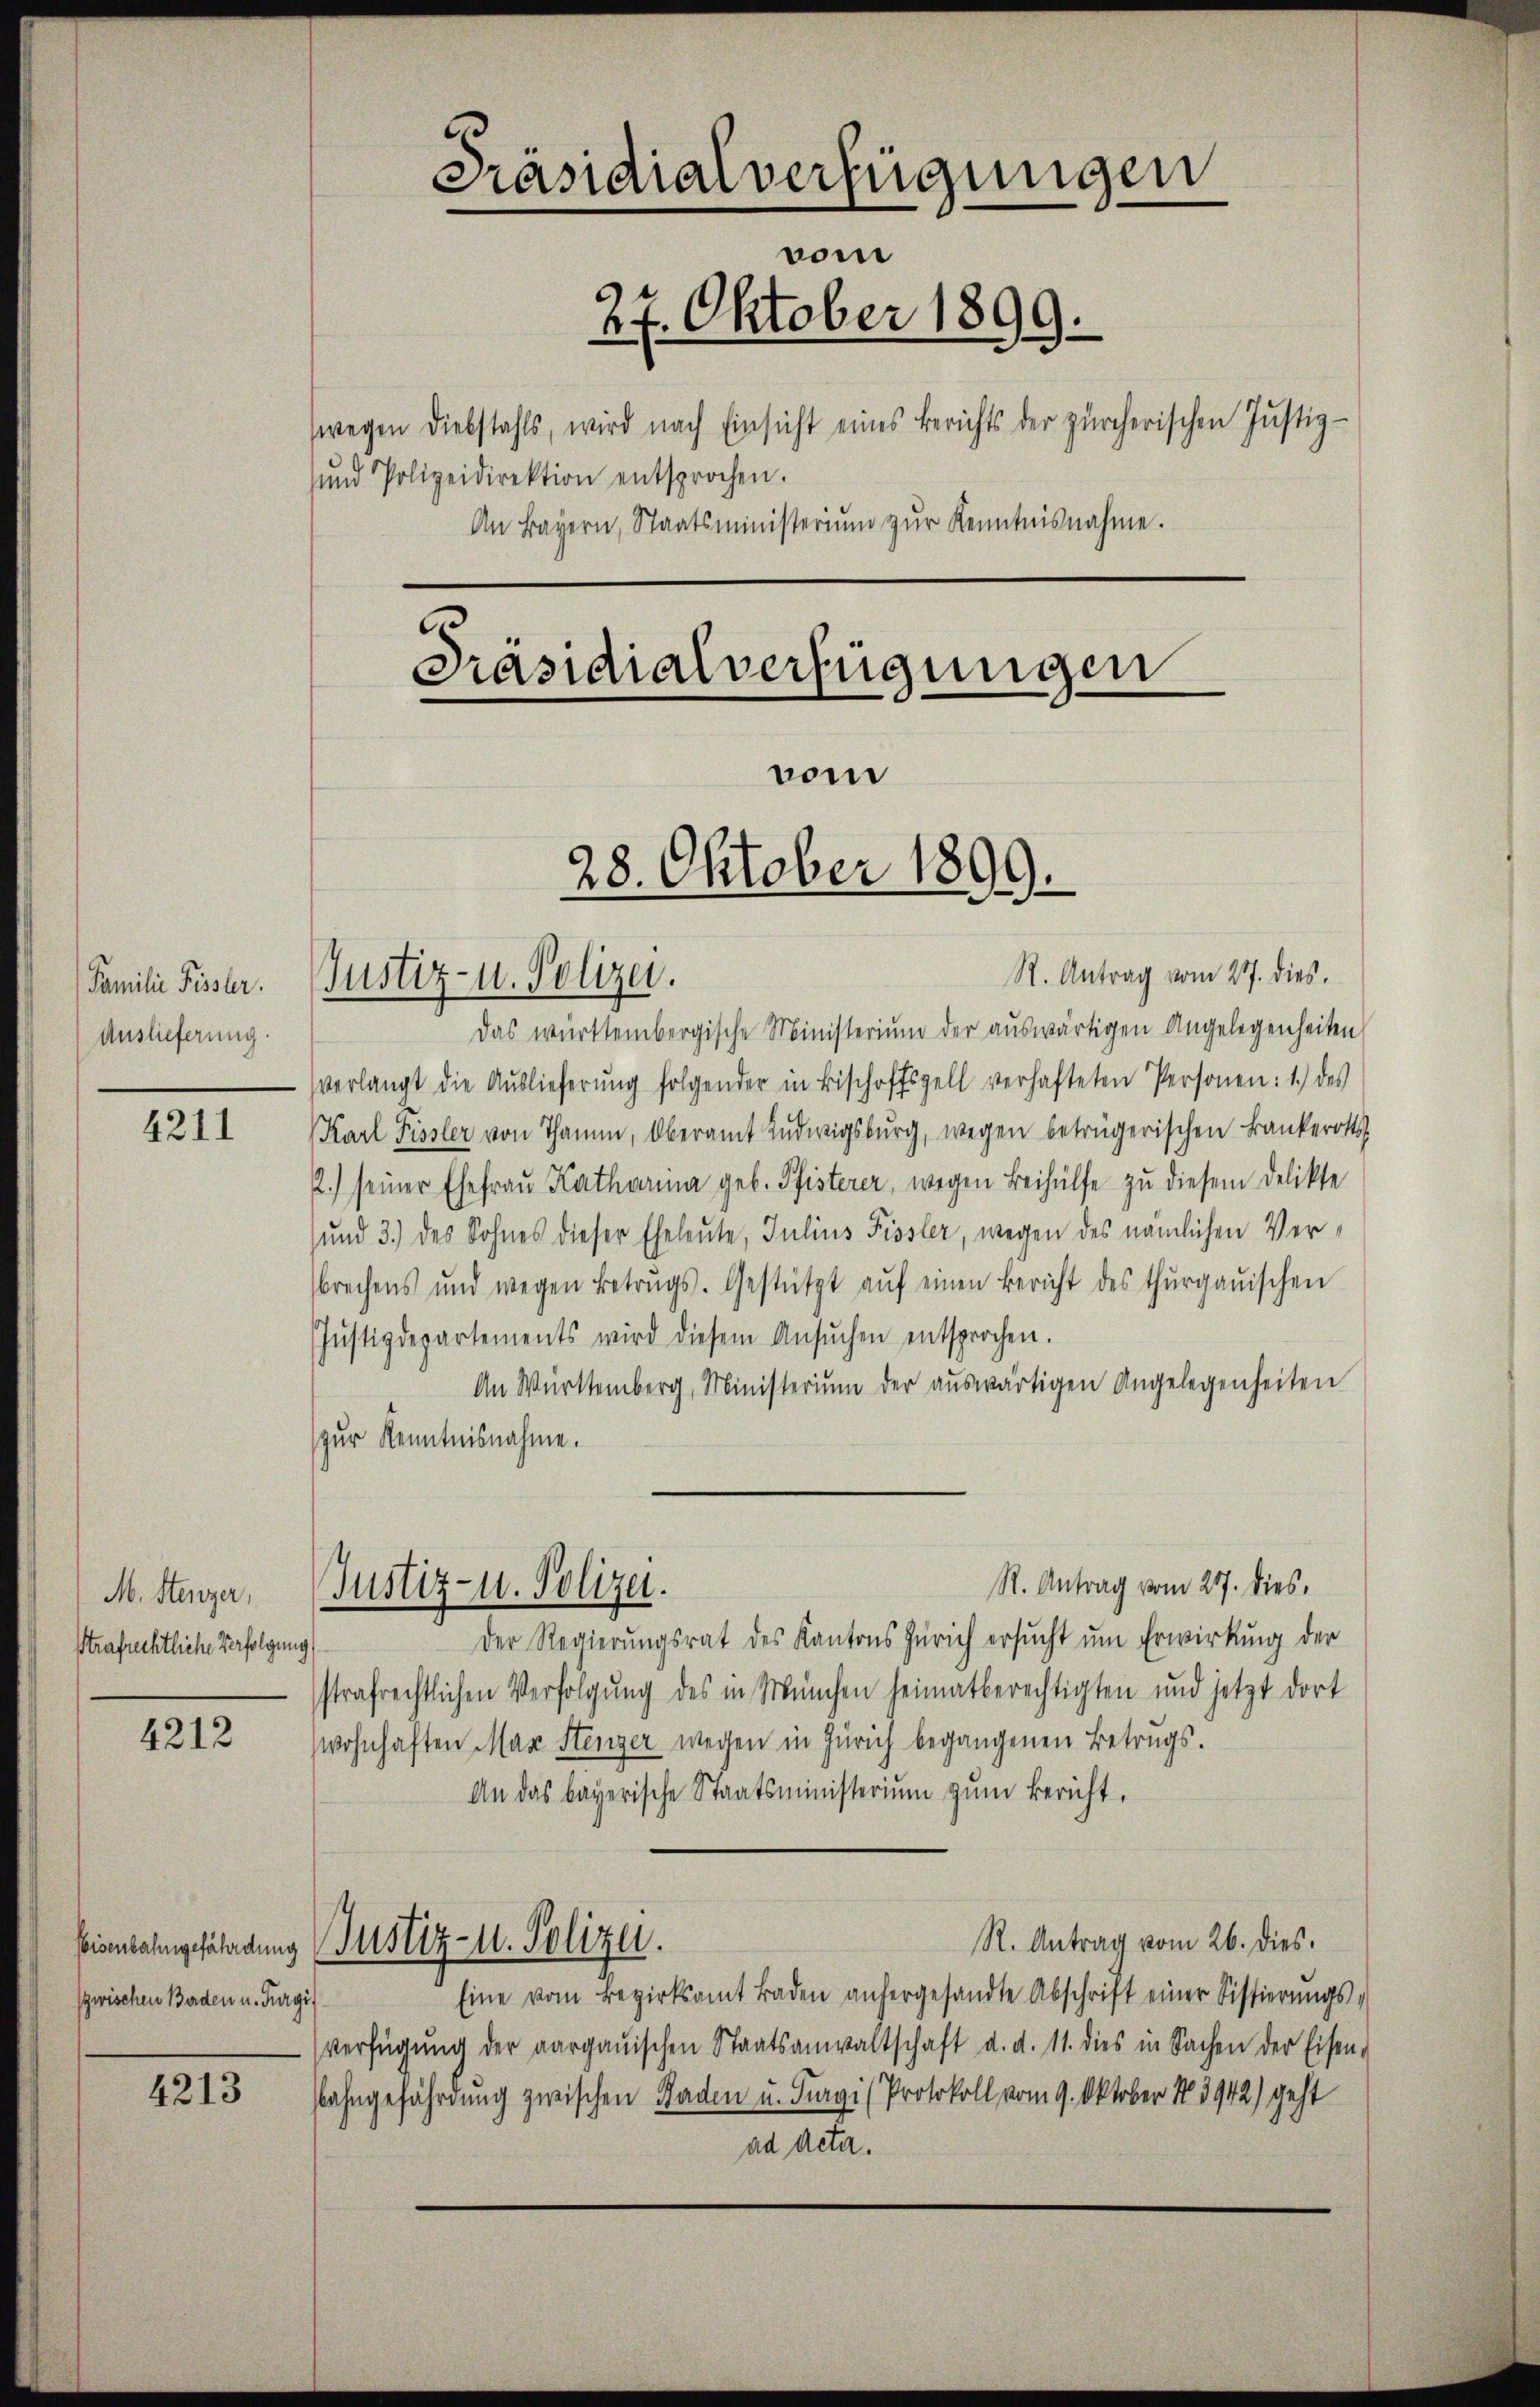
Familie Fissler.
Auslieferung.

4211

M. Stenzer,
Strafrechtliche Verfolgung

4212

zwischen Borden u. Furgis

4213

Präsidialverfügungen
vom
27. Oktober 1899.
wegen Diebstahls, wird nach Einsicht eines Berichts der zürcherischen Justiz-
ŭnd Polizeidirektion entsprochen.
An Bayern, Staatsministeriŭm zŭr Kenntnisnahme.
Präsidialverfügungen
nom
28. Oktober 1899.

Justiz- u. Polizei.

R. Antrag vom 27. dies.
Das württembergische Ministerium der auswärtigen Angelegenheiten
verlangt die Aŭslieferŭng folgender in Bischoffszell verhafteten Personen: 1.) des
(Karl Fissler von Thamm, Oberamt Ludwigsburg, wegen betrügerischen Bankerotts
2.) seiner Ehefraŭ Katharina geb. Pfisterer, wegen Beihülfe zu diesem Delikte
sund 3.) des Sohnes dieser Eheleute, Julius Fissler, wegen des nämlichen Verbrechens und wegen Betrugs. Gestützt aŭf einen Bericht des thurgauischen
Jŭstizdepartements wird diesem Ansŭchen entsprochen.
An Württemberg, Ministerium der aŭswärtigen Angelegenheiten
zur Kenntnisnahme.
R. Antrag vom 27. dies,
Justiz- u. Polizei.
Der Regierungsrat des Kantons Zürich ersucht um Erwirkung der
strafrechtlichen Verfolgung des in München heimatberechtigten und jetzt dort
wohnhaften Max Stenzer wegen in Zürich begangenen Betrugs.
An das bayerische Staatsministerium zum Bericht,
R. Antrag vom 26. dies.
Eisenbahngefährdung Justiz- u. Polizei.
Eine vom Bezirksamt Baden anhergesandte Abschrift einer Sistierŭngs-
verfügŭng der aargauischen Staatsanwaltschaft d. d. 11. dies in Sachen der Eisen-
bahngefährdung zwischen Raden u. Furgi (Protokoll vom 9. Oktober 183942) geht
ad Acta.